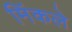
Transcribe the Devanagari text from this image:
मिंकले